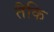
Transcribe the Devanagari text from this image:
तैकि